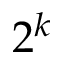
2 ^ { k }